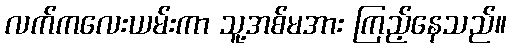
လက်ကလေးယမ်းကာ သူ့အစ်မအား ကြည့်နေသည်။